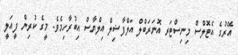
އޭރުގެ އެޓޮލްސް މިނިސްޓަރ އޮނަރަބްލް އަލްފާޟިލް އިލްޔާސް އިބުރާހިމެވެ. މީގެ ކުރިން ފީއަލީ